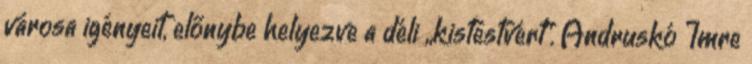
városa igényeit, előnybe helyezve a déli „kistestvért”. Andruskó Imre